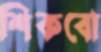
শিকবো